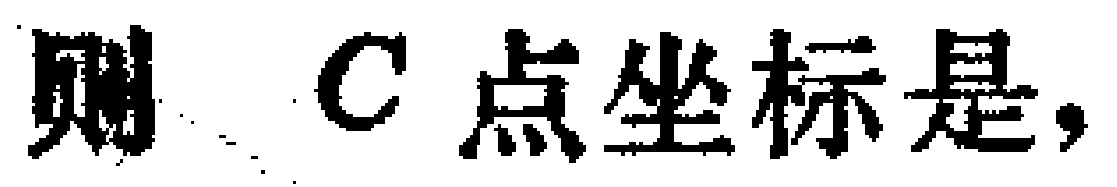
则 \(C\) 点坐标是，